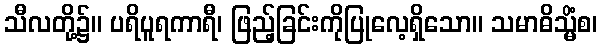
သီလတို့၌။ ပရိပူရကာရီ၊ ဖြည့်ခြင်းကိုပြုလေ့ရှိသော။ သမာဓိသ္မိံစ၊